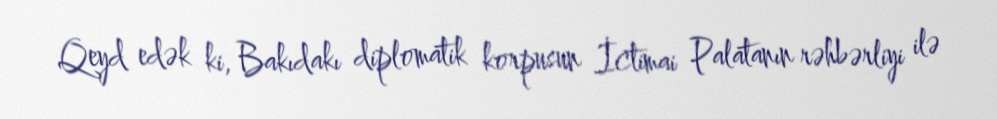
Qeyd edək ki, Bakıdakı diplomatik korpusun İctimai Palatanın rəhbərliyi ilə